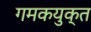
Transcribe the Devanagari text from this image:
गमकयुक्त